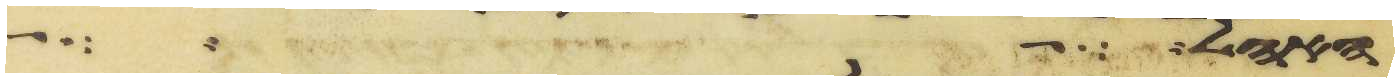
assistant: האהל